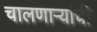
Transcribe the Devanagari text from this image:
चालणाऱ्यांची